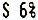
S 6%